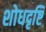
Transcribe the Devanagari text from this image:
शोधदृष्टि